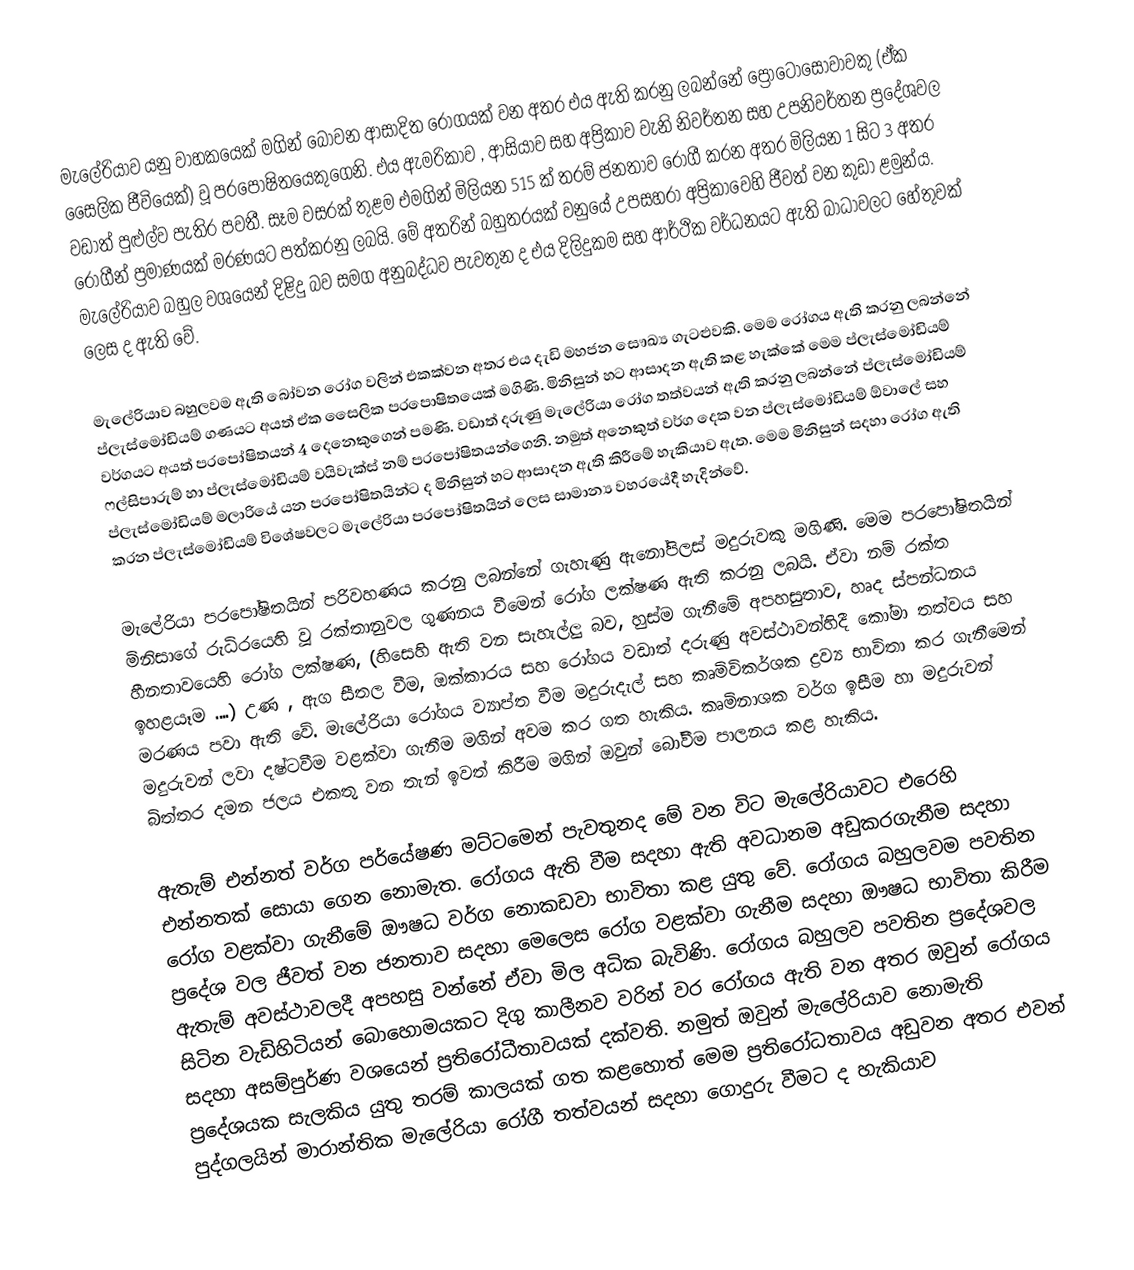
මැලේරියාව යනු වාහකයෙක් මගින් බෝවන ආසාදිත රෝගයක් වන අතර එය ඇති කරනු ලබන්නේ ප්‍රොටෝසෝවාවකු (ඒක සෛලික ජීවියෙක්) වූ පරපොෂිතයෙකුගෙනි. එය ඇමරිකාව , ආසියාව සහ අප්‍රිකාව වැනි නිවර්තන සහ උපනිවර්තන ප්‍රදේශවල වඩාත් පුළුල්ව පැතිර පවතී. සෑම වසරක් තුළම එමගින් මිලියන 515 ක් තරම් ජනතාව රෝගී කරන අතර මිලියන 1 සිට 3 අතර රෝගීන් ප්‍රමාණයක් මරණයට පත්කරනු ලබයි. මේ අතරින් බහුතරයක් වනුයේ උපසහරා අප්‍රිකාවෙහි ජීවත් වන කුඩා ළමුන්ය. මැලේරියාව බහුල වශයෙන් දිළිදු බව සමග අනුබද්ධව පැවතුන ද එය දිලිදුකම සහ ආර්ථික වර්ධනයට ඇති බාධාවලට හේතුවක් ලෙස ද ඇති වේ.

මැලේරියාව බහුලවම ඇති බෝවන රෝග වලින් එකක්වන අතර එය දැඩි මහජන සෞඛ්‍ය ගැටළුවකි. මෙම රෝගය ඇති කරනු ලබන්නේ ප්ලැස්මෝඩියම් ගණයට අයත් ඒක සෛලික පරපොෂිතයෙක් මගිණි. මිනිසුන් හට ආසාදන ඇති කළ හැක්කේ මෙම ප්ලැස්මෝඩියම් වර්ගයට අයත් පරපෝෂිතයන් 4 දෙනෙකුගෙන් පමණි. වඩාත් දරුණු මැලේරියා රෝග තත්වයන් ඇති කරනු ලබන්නේ ප්ලැස්මෝඩියම් ෆල්සිපාරුම් හා ප්ලැස්මෝඩියම් වයිවැක්ස් නම් පරපෝෂිතයන්ගෙනි. නමුත් අනෙකුත් වර්ග දෙක වන ප්ලැස්මෝඩියම් ඕවාලේ සහ ප්ලැස්මෝඩියම් මලාරියේ යන පරපෝෂිතයින්ට ද මිනිසුන් හට ආසාදන ඇති කිරීමේ හැකියාව ඇත. මෙම මිනිසුන් සදහා රෝග ඇති කරන ප්ලැස්මෝඩියම් විශේෂවලට මැලේරියා පරපෝෂිතයින් ලෙස සාමාන්‍ය වහරයේදී හැදින්වේ.

මැලේරියා පරපෝෂිතයින් පරිවහණය කරනු ලබන්නේ ගැහැණු ඇනෝපිලස් මදුරුවකු මගිණි. මෙම පරපෝෂිතයින් මිනිසාගේ රුධිරයෙහි වූ රක්තානුවල ගුණනය වීමෙන් රෝග ලක්ෂණ ඇති කරනු ලබයි. ඒවා නම් රක්ත හීනතාවයෙහි රෝග ලක්ෂණ, (හිසෙහි ඇති වන සැහැල්ලු බව, හුස්ම ගැනීමේ අපහසුතාව, හෘද ස්පන්ධනය ඉහළයෑම ....) උණ , ඇග සීතල වීම, ඔක්කාරය සහ රෝගය වඩාත් දරුණු අවස්ථාවන්හිදී කෝමා තත්වය සහ මරණය පවා ඇති වේ. මැලේරියා රෝගය ව්‍යාප්ත වීම මදුරුදැල් සහ කෘමිවිකර්ශක ද්‍රව්‍ය භාවිතා කර ගැනීමෙන් මදුරුවන් ලවා දෂ්ටවීම වළක්වා ගැනීම මගින් අවම කර ගත හැකිය. කෘමිනාශක වර්ග ඉසීම හා මදුරුවන් බිත්තර දමන ජලය එකතු වන තැන් ඉවත් කිරීම මගින් ඔවුන් බෝවීම පාලනය කළ හැකිය.

ඇතැම් එන්නත් වර්ග පර්යේෂණ මට්ටමෙන් පැවතුනද මේ වන විට මැලේරියාවට එරෙහි එන්නතක් සොයා ගෙන නොමැත. රෝගය ඇති වීම සදහා ඇති අවධානම අඩුකරගැනීම සදහා රෝග වළක්වා ගැනී‍මේ ඖෂධ වර්ග නොකඩවා භාවිතා කළ යුතු වේ. රෝගය බහුලවම පවතින ප්‍රදේශ වල ජීවත් වන ජනතාව සදහා මෙලෙස රෝග වළක්වා ගැනීම සදහා ඖෂධ භාවිතා කිරීම ඇතැම් අවස්ථාවලදී අපහසු වන්නේ ඒවා මිල අධික බැවිණි. රෝගය බහුලව පවතින ප්‍රදේශවල සිටින වැඩිහිටියන් බොහොමයකට දිගු කාලීනව වරින් වර රෝගය ඇති වන අතර ඔවුන් රෝගය සදහා අසම්පුර්ණ වශයෙන් ප්‍රතිරෝධීතාවයක් දක්වති. නමුත් ඔවුන් මැලේරියාව නොමැති ප්‍රදේශයක සැලකිය යුතු තරම් කාලයක් ගත කළහොත් මෙම ප්‍රතිරෝධතාවය අඩුවන අතර එවන් පුද්ගලයින් මාරාන්තික මැලේරියා රෝගී තත්වයන් සදහා ගොදුරු වීමට ද හැකියාව